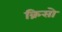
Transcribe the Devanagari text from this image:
क्रिसो